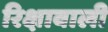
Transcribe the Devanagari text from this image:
रिक्षावाली